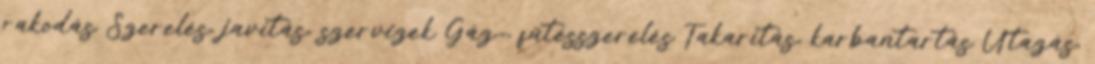
rakodás Szerelés, javítás, szervizek Gáz-, fűtésszerelés Takarítás, karbantartás Utazás,